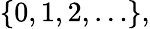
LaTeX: \{ 0,1,2,\ldots\} ,